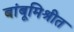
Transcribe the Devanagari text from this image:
बांबूमिश्रीत